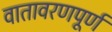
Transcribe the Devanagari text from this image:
वातावरणपूर्ण